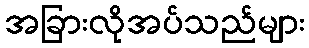
အခြားလိုအပ်သည်များ